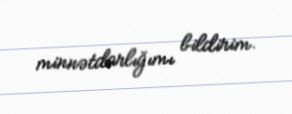
minnətdarlığımı bildirim.